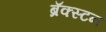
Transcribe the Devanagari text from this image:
ब्रॅक्स्टन